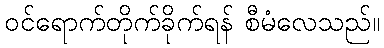
ဝင်ရောက်တိုက်ခိုက်ရန် စီမံလေသည်။